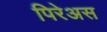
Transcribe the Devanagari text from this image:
पिरेअस